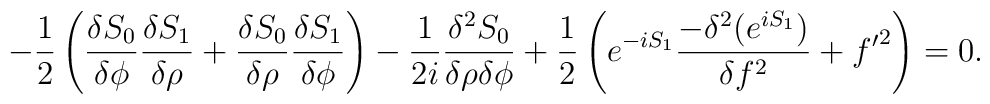
-\frac{1}{2} \left(\frac{\delta S_0}{\delta \phi}  \frac{\delta S_1}{\delta \rho} +\frac{\delta S_0}{\delta \rho}  \frac{\delta S_1}{\delta \phi}\right)-\frac{1}{2i}\frac{\delta^2 S_0}{\delta \rho\delta \phi }+\frac{1}{2} \left( e^{-iS_1}\frac{ -\delta^2 (e^{iS_1})}{\delta  f ^2}+{f^\prime}^2\right)=0.